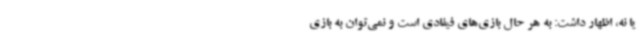
یا نه، اظهار داشت: به هر حال بازی‌های فیفادی است و نمی‌توان به بازی